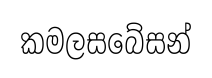
කමලසබේසන්